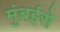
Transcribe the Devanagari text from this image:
मुंबईसे